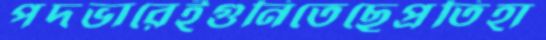
পদভারেইগুনিতেছেপ্রতিহা